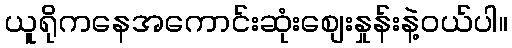
ယူရိုကနေအကောင်းဆုံးစျေးနှုန်းနဲ့ဝယ်ပါ။